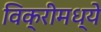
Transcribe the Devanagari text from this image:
विक्रीमध्ये